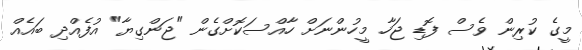
މީގެ ކުރިން ވެސް ފޮޑި ޖަހާ މީހުންނަށް ހާއްސަކޮށްގެން "ޖަންގިޔާ" އުފެއްދި ބައެއް